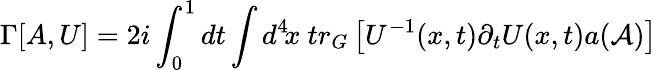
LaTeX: \Gamma[A,U]=2i\int_{0}^{1}dt\int d^{4}\! x\ tr_{G}\left[U^{-1}(x,t)\partial_{t}U(x,t)a({\cal A})\right]